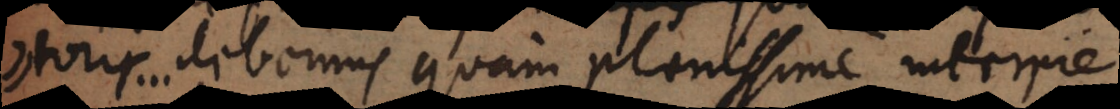
toris... debemus quam plenissime interpre